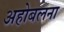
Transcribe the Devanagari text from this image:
अहोबलना